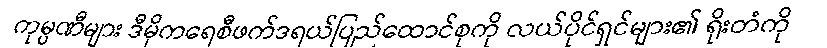
ကုမ္ပဏီများ ဒီမိုကရေစီဖက်ဒရယ်ပြည်ထောင်စုကို လယ်ပိုင်ရှင်များ၏ ရိုးတံကို